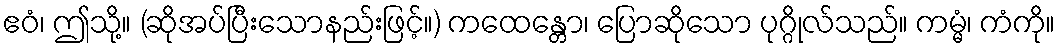
ဧဝံ၊ ဤသို့။ (ဆိုအပ်ပြီးသောနည်းဖြင့်။) ကထေန္တော၊ ပြောဆိုသော ပုဂ္ဂိုလ်သည်။ ကမ္မံ၊ ကံကို။